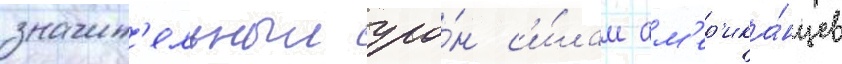
значит'ельныи уро́н с'и́лам ам'ер'ика́нцев